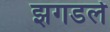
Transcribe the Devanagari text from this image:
झगडले